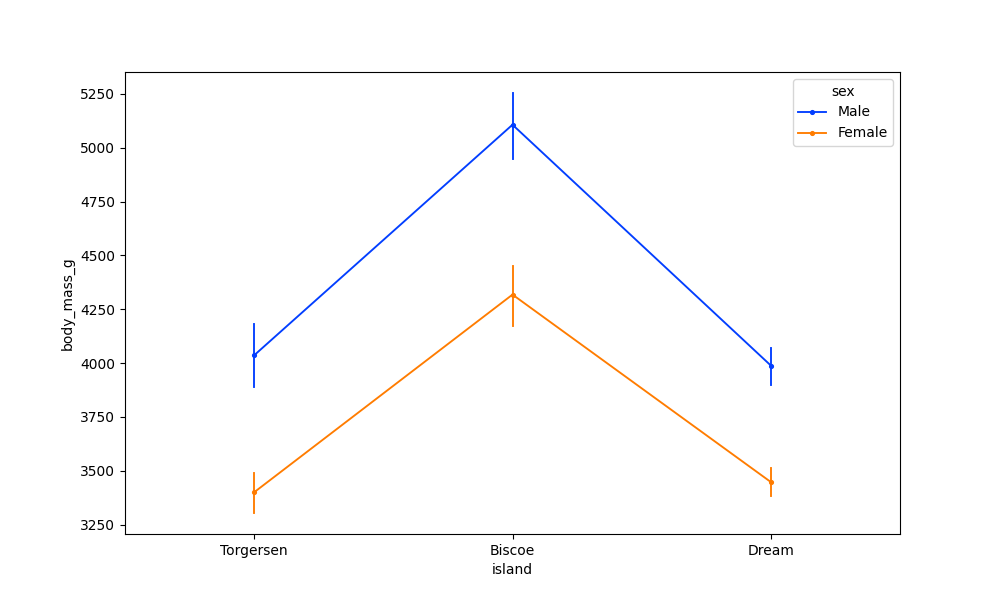
python, seaborn, pointplot, scale=0.5, join=True, hue='sex', palette='bright'